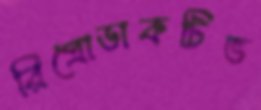
রিপ্রোডাকটিভ